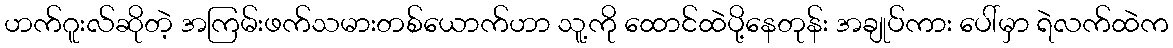
ဟက်ဂူးလ်ဆိုတဲ့ အကြမ်းဖက်သမားတစ်ယောက်ဟာ သူ့ကို ထောင်ထဲပို့နေတုန်း အချုပ်ကား ပေါ်မှာ ရဲလက်ထဲက